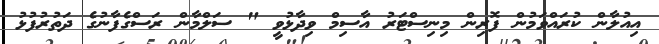
އިއުލާން ކުރައްވަމުން ފޮރިން މިނިސްޓަރު އާސިމް ވިދާޅުވީ " ސަލްމާން ރަސްގެފާނުގެ ދަތުރުފުޅު